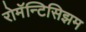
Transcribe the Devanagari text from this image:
रोमॅन्टिसिझम